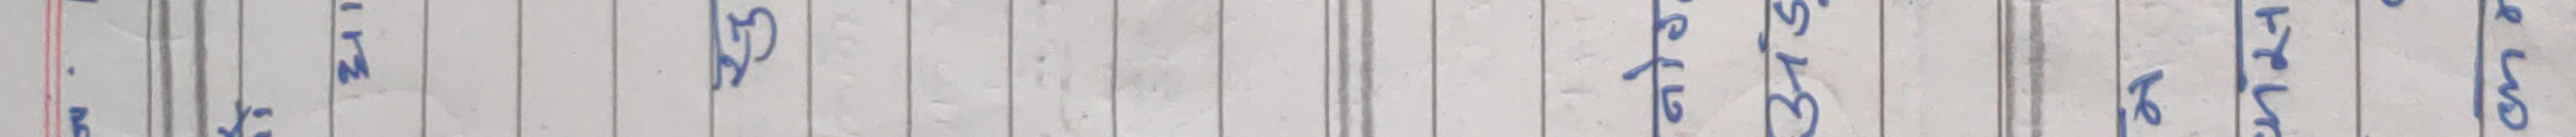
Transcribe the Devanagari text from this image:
.२१मा १ १ १ ३५५७९. ५५७७४. ११३५५५९. १३५७७५५९. १३५७९९५३. ३१५७९९५३. ३१५७९९५३. ३१५७९९५३.